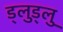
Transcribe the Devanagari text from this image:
ड्लुड्लु